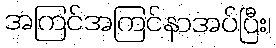
အကြင်အကြင်နာအပ်ပြီး၊